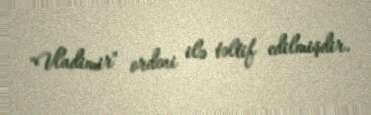
"Vladimir" ordeni ilə təltif edilmişdir.